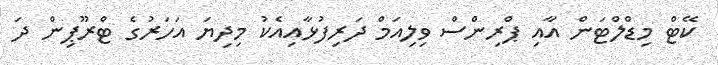
ކޭޓް މިޑްލްޓަން އާއި ޕްރިންސް ވިލިއަމް ދަރިފުޅާއިއެކު މިދިޔަ އަހަރުގެ ޓްރޫޕިން ދަ